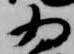
為